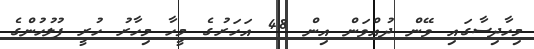
މިހާދިސާގައި ވޭން ދުއްވަން އިން 48 އަހަރުގެ މީހާ މިހާރު ހުރީ ފުލުހުންގެ